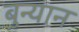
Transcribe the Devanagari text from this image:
बुन्यान